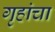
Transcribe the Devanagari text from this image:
गृहांचा